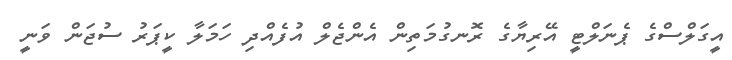
އީގަލްސްގެ ޕެނަލްޓީ އޭރިޔާގެ ރޮނގުމަތިން އެންޖެލް އުފެއްދި ހަމަލާ ކީޕަރު ސުޖަން ވަނީ